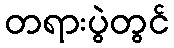
တရားပွဲတွင်